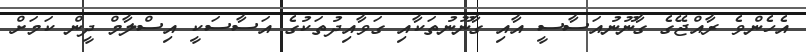
އެހެންވެ ރާއްޖޭގެ ގާނޫނުއަސާސީ އާއި ގާނޫނުތަކާއި ގަވާއިދުތަކުގެ އަސާސަކީ އިސްލާމް ދީން ކަމަށް